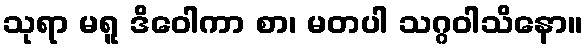
သုရာ မရူ ဒိဝေါကာ စာ၊ မတပါ သဂ္ဂဝါသိနော။